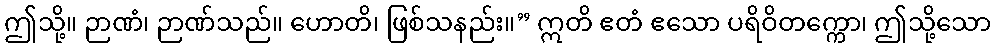
ဤသို့။ ဉာဏံ၊ ဉာဏ်သည်။ ဟောတိ၊ ဖြစ်သနည်း။” ဣတိ ဧတံ ဧသော ပရိဝိတက္ကော၊ ဤသို့သော